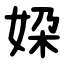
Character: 㛆